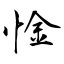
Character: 惍